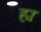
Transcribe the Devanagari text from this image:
ह्यः